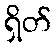
ရှိတ်